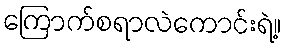
ကြောက်စရာလဲကောင်းရဲ့။